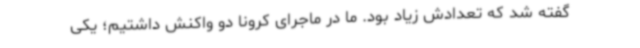
گفته شد که تعدادش زیاد بود. ما در ماجرای کرونا دو واکنش داشتیم؛ یکی